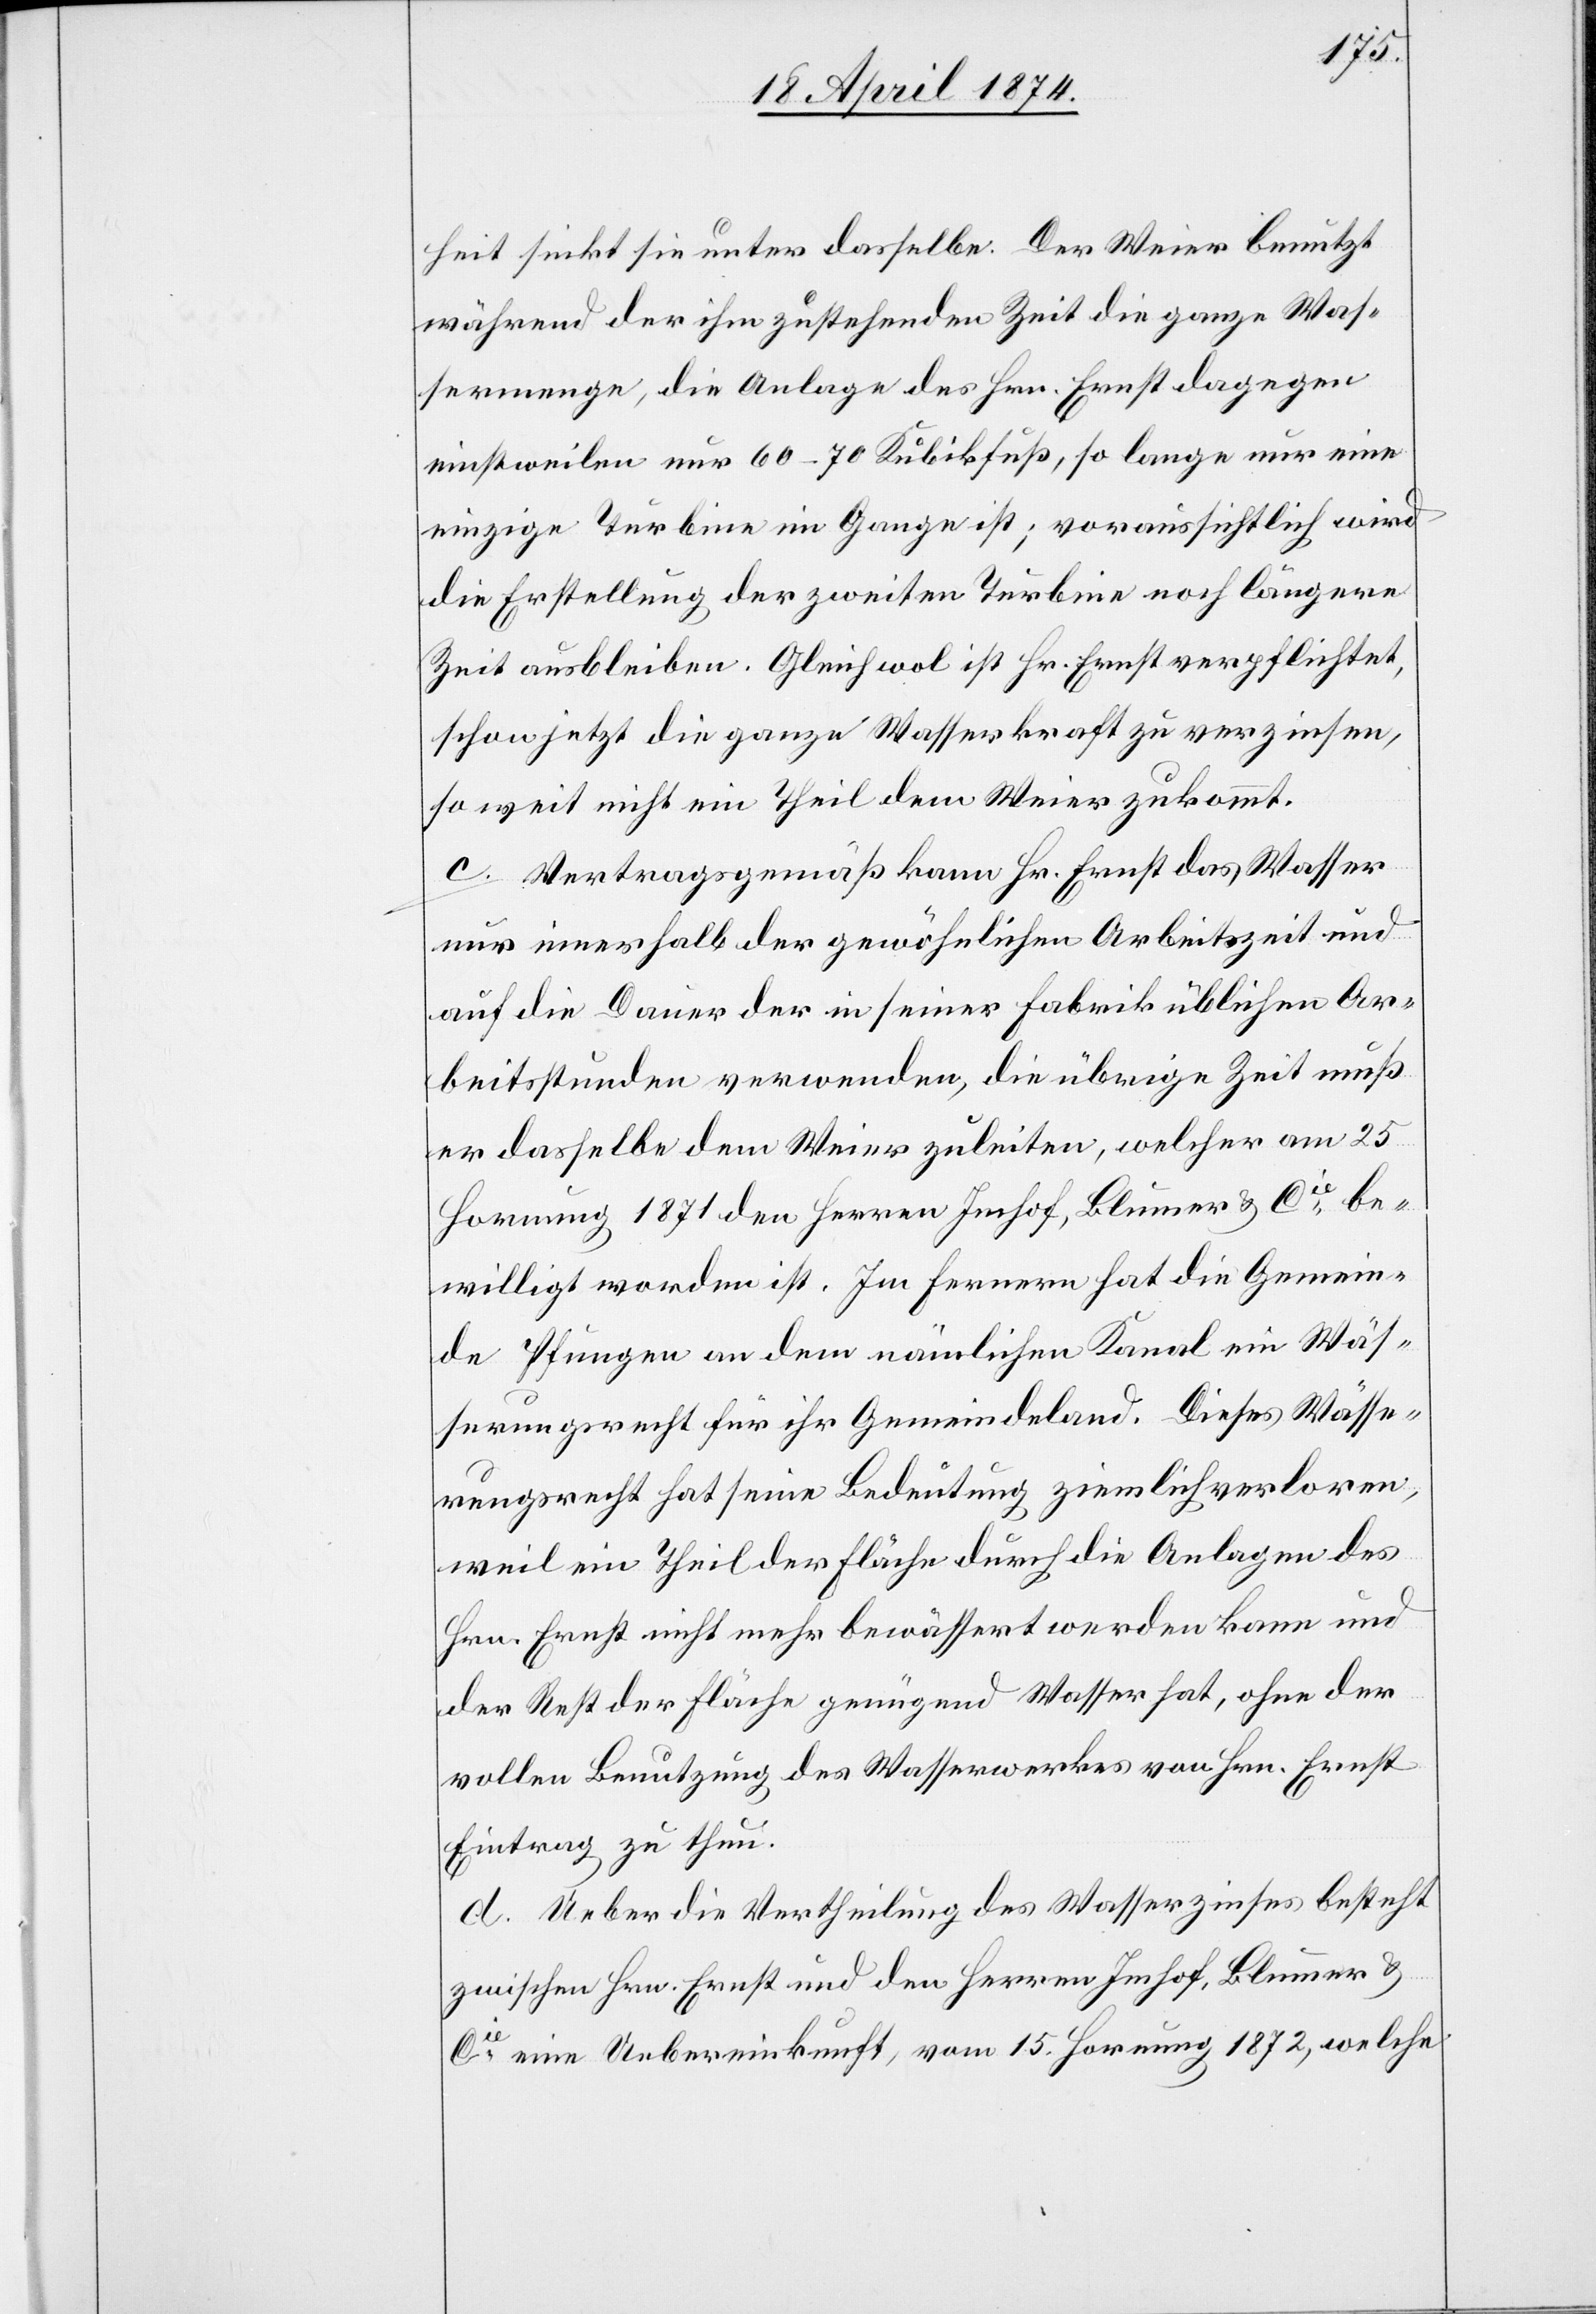
heit sinkt sie unter dasselbe. Der Weier benutzt
während der ihm zustehenden Zeit die ganze Was¬
sermenge, die Anlage des Hrn. Ernst dagegen
einstweilen nur 60–70 Kubikfuß, so lange nur eine
einzige Turbine im Gange ist; voraussichtlich wird
die Erstellung der zweiten Turbine noch längere
Zeit ausbleiben. Gleichwol ist Hr. Ernst verpflichtet,
schon jetzt die ganze Wasserkraft zu verzinsen,
so weit nicht ein Theil dem Weier zukommt.
c. Vertragsgemäß kann Hr. Ernst das Wasser
nur innerhalb der gewöhnlichen Arbeitszeit und
auf die Dauer der in seiner Fabrik üblichen Ar¬
beitsstunden verwenden, die übrige Zeit muß
er dasselbe dem Weier zuleiten, welcher am 25.
Hornung 1871 den Herren Imhof, Blumer u. Cie be¬
willigt worden ist. Im fernern hat die Gemein¬
de Pfungen an dem nämlichen Kanal ein Wäs¬
serungsrecht für ihr Gemeindeland. Dieses Wässe¬
rungsrecht hat seine Bedeutung ziemlich verloren,
weil ein Theil der Fläche durch die Anlagen des
Hrn. Ernst nicht mehr bewässert werden kann und
der Rest der Fläche genügend Wasser hat, ohne der
vollen Benutzung des Wasserwerkes von Hrn. Ernst
Eintrag zu thun.
d. Ueber die Vertheilung des Wasserzinses besteht
zwischen Hrn. Ernst und den Herren Imhof, Blumer u.
Cie eine Uebereinkunft, vom 15. Hornung 1872, welche